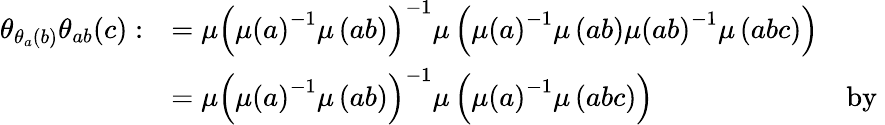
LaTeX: \begin{array}{rlr}{\theta_{\theta_{a}(b)}\theta_{ab}(c):}&{=\mu\left(\mu\left(a\right)^{-1}\mu\left(ab\right)\right)^{-1}\mu\left(\mu\left(a\right)^{-1}\mu\left(ab\right)\mu\left(ab\right)^{-1}\mu\left(abc\right)\right)}\\ &{=\mu\left(\mu\left(a\right)^{-1}\mu\left(ab\right)\right)^{-1}\mu\left(\mu\left(a\right)^{-1}\mu\left(abc\right)\right)}&{\mathrm{by~}}\end{array}